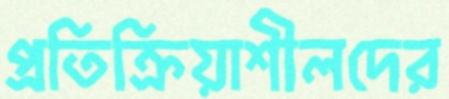
প্রতিক্রিয়াশীলদের